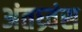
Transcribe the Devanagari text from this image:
अंतध्र्वंस